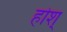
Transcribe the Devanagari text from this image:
होश्